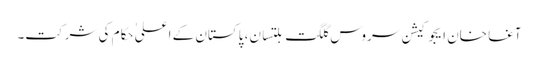
آغا خان ایجوکیشن سروس گلگت بلتسان، پاکستان کے اعلی ٰحکام کی شرکت۔